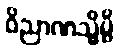
ဝိညာဏသ္မိမ္ပိ